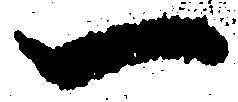
一